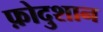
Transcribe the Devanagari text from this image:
फ़ोदुशान